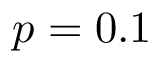
p = 0 . 1